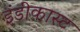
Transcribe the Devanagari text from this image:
इंडीकास्ट